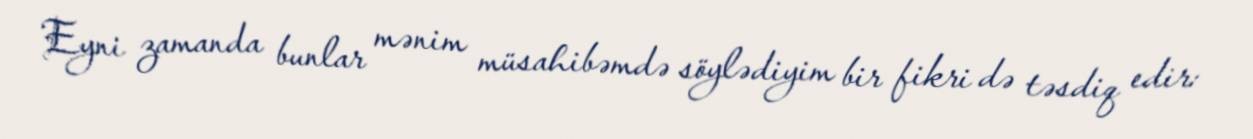
Eyni zamanda bunlar mənim müsahibəmdə söylədiyim bir fikri də təsdiq edir: